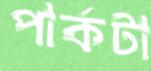
পার্কটা